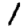
Digit: 1